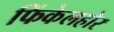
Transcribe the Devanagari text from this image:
फिंकेलहोर